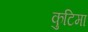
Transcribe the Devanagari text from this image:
कुटिमा